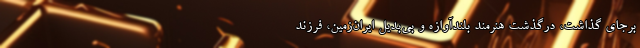
برجای گذاشت، درگذشت هنرمند بلندآوازه و بی‌بدیل ایران‌زمین، فرزند